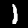
Digit: 1